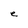
Character: e